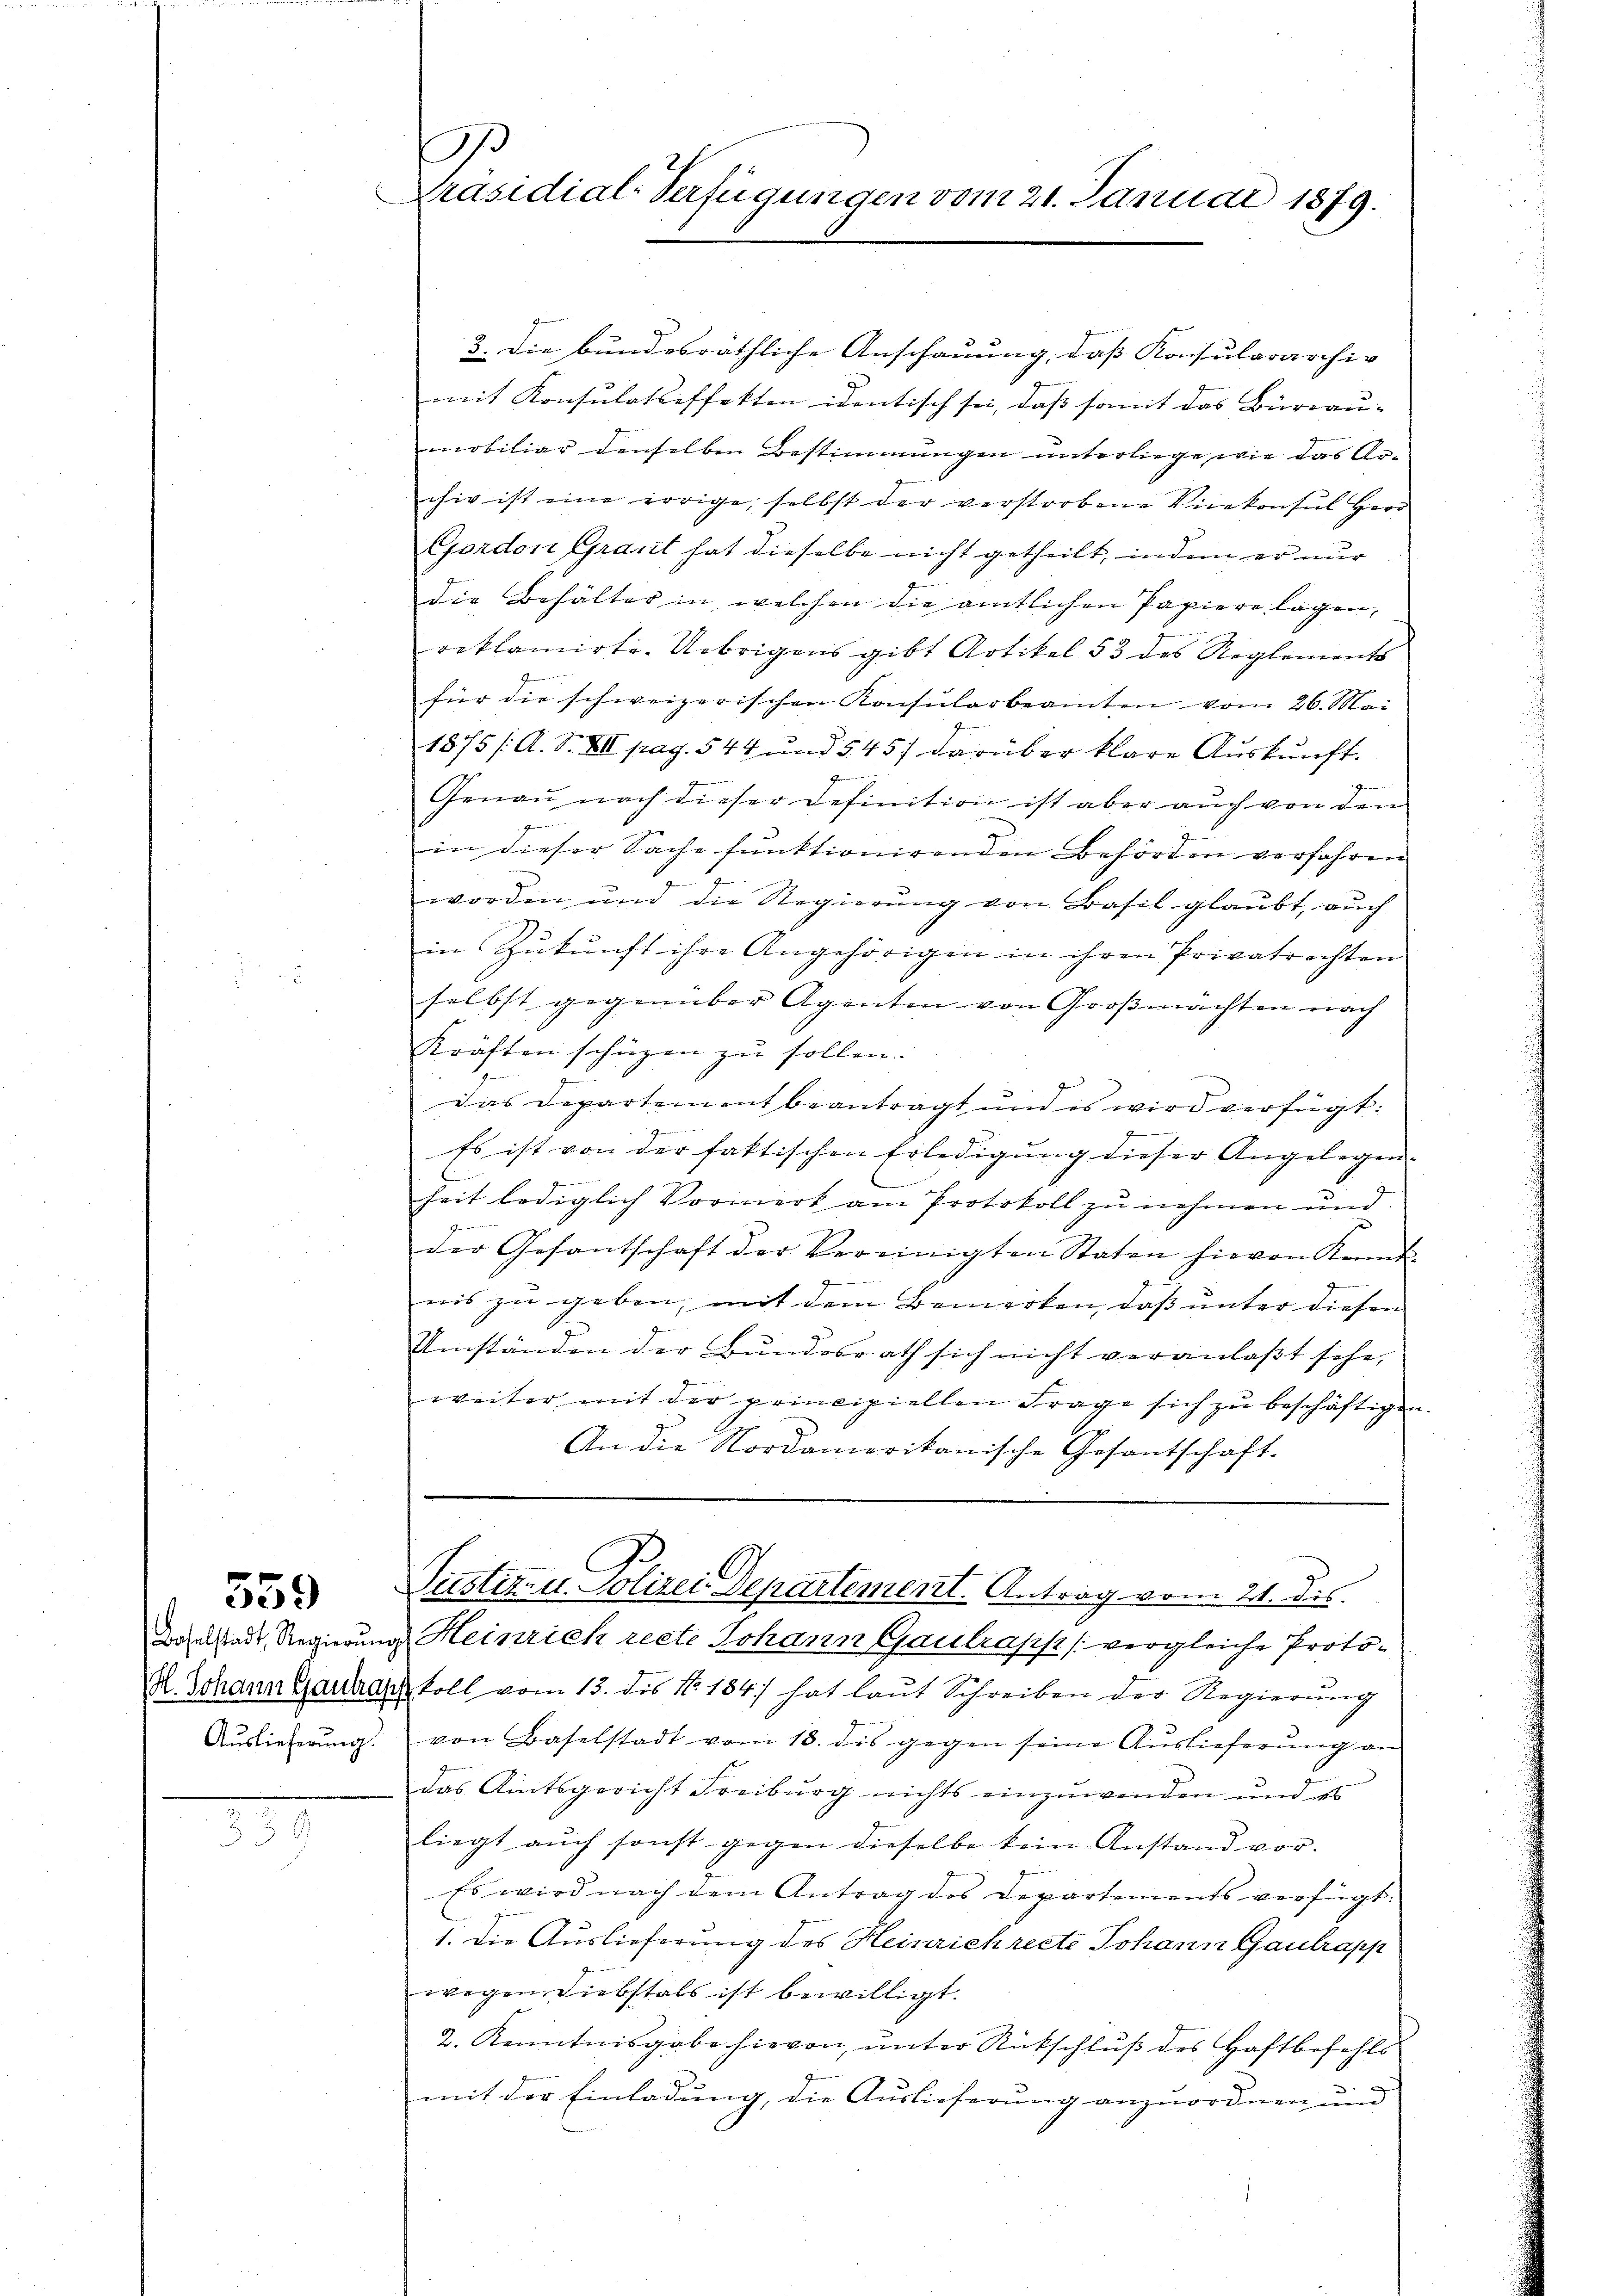
Baselstadt, Regierŭng
H. Johann Gantrap
Auslieferung.

559

55

G.
Präsidial-Verfügungen vom 21. Januar 1879.

3. Die bundesräthliche Anschauung, daß Konsulararchi-
mit Konsulatseffekten identisch sei, dass somit das Büreau- |
mobiliar denselben Bestimmungen unterliege, wie das Archiv ist eine irrige, selbst der verstorbene Vicekonsul Herr
Gordon Granit hat dieselbe nicht getheilt, indem er nur
die Behälter in welchen die amtlichen Papiere lagen,
reklamirte. Uebrigens gibt Artikel 53 des Reglements
für die schweizerischen Konsularbeamten vom 26. Mai
1875 /A. S. XII. pag. 544 und 5457 darüber klare Auskunft.
Genau nach dieser Definition ist aber auch von den
in dieser Sache funktionirenden Behörden verfahren
worden und die Regierung von Basil glaubt, auch
in Zukunft ihre Angehörigen in ihren Privatrechten
selbst gegenüber Agenten von Großmachten nach
Kräften schüzen zu sollen.
Das Departement beantragt und es wird verfügt:
.
Es ist von der faktischen Erledigung dieser Angelegene
heit lediglich Vormerk am Protokoll zu nehmen und
9
der Gesantschaft der Vereinigten Staten hievon Kennt-
nis zu geben, mit dem Bemerken, daß unter diesen
Umständen der Bundesrath sich nicht veranlaßt sehe,
weiter mit der principiellen Frage sich zu beschäftigen
An die Nordamerikanische Gesantschaft.
Pustiz- u. Polizei Departement. Antrag vom 21. dis.
Heinrich recte Johann Gaulrasis (vergleiche Protokoll vom 13. des No. 184 hat laŭt Schreiben der Regierŭng
von Baselstadt vom 18. dis gegen seine Auslieferung an
das Amtsgericht Freiburg nichts einzuwenden und es
liegt aŭch sonst gegen dieselbe kein Anstand vor.
Es wird nach dem Antrag des Departements verfügt:
1. Die Auslieferung des Heinrich recte Johann Gantrapp
wegen Diebstals ist bewilligt.
2. Kenntnisgabe hievon, unter Rückschluß des Haftbefehls
mit der Einladung, die Auslieferung anzuordnen und